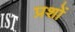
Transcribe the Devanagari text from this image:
प्रशों